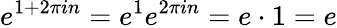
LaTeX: e^{1+2\pi in}=e^{1}e^{2\pi in}=e\cdot 1=e